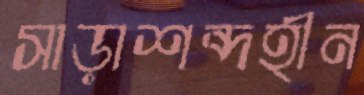
সাড়াশব্দহীন